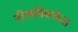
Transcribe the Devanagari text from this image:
नीलविवर्णता